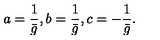
a = \frac { 1 } { \bar { g } } , b = \frac { 1 } { \bar { g } } , c = - \frac { 1 } { \bar { g } } .